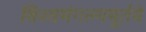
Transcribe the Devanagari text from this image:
विश्वमंगल्यमूर्तये